Leprosy in India: report of the Leprosy Commission in India, 1890-91
Year: 1890
Disease focus: Leprosy
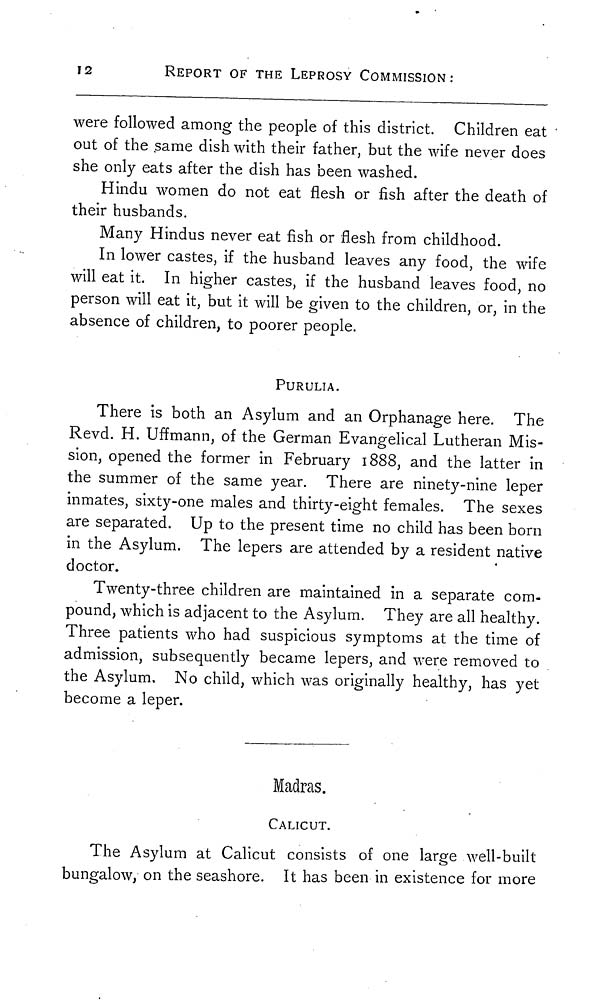
12
REPORT OF THE LEPROSY COMMISSION:
were followed among the people of this district. Children eat
out of the same dish with their father, but the wife never does
she only eats after the dish has been washed.
Hindu women do not eat flesh or fish after the death of
their husbands.
Many Hindus never eat fish or flesh from childhood.
In lower castes, if the husband leaves any food, the wife
will eat it. In higher castes, if the husband leaves food, no
person will eat it, but it will be given to the children, or, in the
absence of children, to poorer people.
PURULIA.
There is both an Asylum and an Orphanage here. The
Revd. H. Uffmann, of the German Evangelical Lutheran Mis-
sion, opened the former in February 1888, and the latter in
the summer of the same year. There are ninety-nine leper
inmates, sixty-one males and thirty-eight females. The sexes
are separated. Up to the present time no child has been born
in the Asylum. The lepers are attended by a resident native
doctor.
Twenty-three children are maintained in a separate com-
pound, which is adjacent to the Asylum. They are all healthy.
Three patients who had suspicious symptoms at the time of
admission, subsequently became lepers, and were removed to
the Asylum. No child, which was originally healthy, has yet
become a leper.
Madras.
CALICUT.
The Asylum at Calicut consists of one large well-built
bungalow,- on the seashore. It has been in existence for more